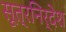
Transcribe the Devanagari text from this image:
सूत्रनिर्देश